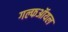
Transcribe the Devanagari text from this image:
गल्फऑयल